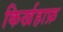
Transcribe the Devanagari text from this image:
किर्खहाफ़